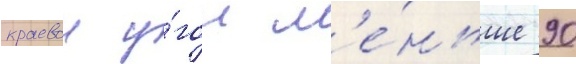
краевои у́гол м'е́ньше 90